Oriental or Dehli sore - Number 13
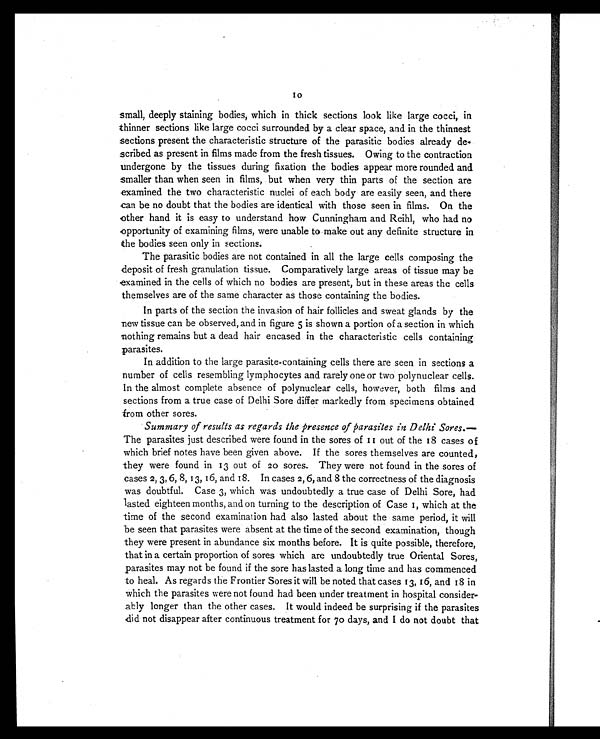
1 0
small, deeply staining bodies, which in thick sections look like large cocci, in
thinner sections like large cocci surrounded by a clear space, and in the thinnest
sections present the characteristic structure of the parasitic bodies already de-
scribed as present in films made from the fresh tissues. Owing to the contraction
undergone by the tissues during fixation the bodies appear more rounded and
smaller than when seen in films, but when very thin parts of the section are
examined the two characteristic nuclei of each body are easily seen, and there
can be no doubt that the bodies are identical with those seen in films. On the
other hand it is easy to understand how Cunningham and Reihl, who had no
opportunity of examining films, were unable to make out any definite structure in
the bodies seen only in sections.
The parasitic bodies are not contained in all the large cells composing the
deposit of fresh granulation tissue. Comparatively large areas of tissue may be
examined in the cells of which no bodies are present, but in these areas the cells
themselves are of the same character as those containing the bodies.
In parts of the section the invasion of hair follicles and sweat glands by the
new tissue can be observed, and in figure 5 is shown a portion of a section in which
nothing remains but a dead hair encased in the characteristic cells containing
parasites.
In addition to the large parasite-containing cells there are seen in sections a
number of cells resembling lymphocytes and rarely one or two polynuclear cells.
In the almost complete absence of polynuclear cells, however, both films and
sections from a true case of Delhi Sore differ markedly from specimens obtained
from other sores.
Summary of results as regards the presence of parasites in Delhi Sores. —
The parasites just described were found in the sores of 11 out of the 18 cases of
which brief notes have been given above. If the sores themselves are counted,
they were found in 13 out of 20 sores. They were not found in the sores of
cases 2, 3, 6, 8, 13, 16, and 18. In cases 2, 6, and 8 the correctness of the diagnosis
was doubtful. Case 3, which was undoubtedly a true case of Delhi Sore, had
lasted eighteen months, and on turning to the description of Case 1, which at the
time of the second examination had also lasted about the same period, it will
be seen that parasites were absent at the time of the second examination, though
they were present in abundance six months before. It is quite possible, therefore,
that in a certain proportion of sores which are undoubtedly true Oriental Sores,
parasites may not be found if the sore has lasted a long time and has commenced
to heal. As regards the Frontier Sores it will be noted that cases 13, 16, and 18 in
which the parasites were not found had been under treatment in hospital consider-
ably longer than the other cases. It would indeed be surprising if the parasites
did not disappear after continuous treatment for 70 days, and I do not doubt that